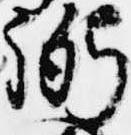
弼